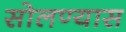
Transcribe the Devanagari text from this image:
सोलण्यास